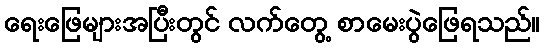
ရေးဖြေများအပြီးတွင် လက်တွေ့ စာမေးပွဲဖြေရသည်။